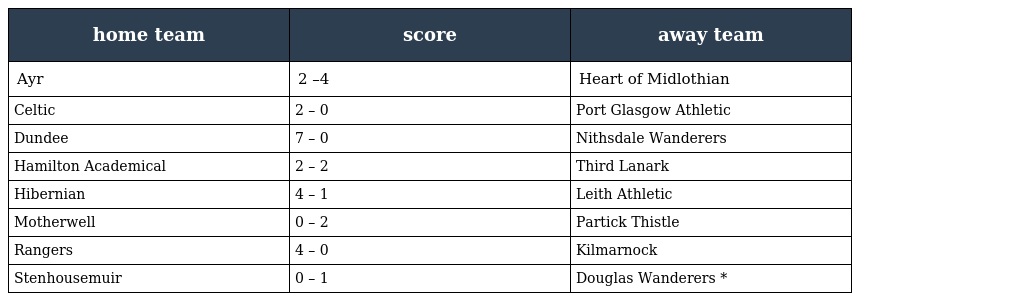
| home team | score | away team |
 | --- | --- | --- |
 | Ayr | 2 –4 | Heart of Midlothian |
 | Celtic | 2 – 0 | Port Glasgow Athletic |
 | Dundee | 7 – 0 | Nithsdale Wanderers |
 | Hamilton Academical | 2 – 2 | Third Lanark |
 | Hibernian | 4 – 1 | Leith Athletic |
 | Motherwell | 0 – 2 | Partick Thistle |
 | Rangers | 4 – 0 | Kilmarnock |
 | Stenhousemuir | 0 – 1 | Douglas Wanderers * |